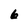
Character: 6